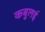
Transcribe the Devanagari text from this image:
कबुलई